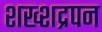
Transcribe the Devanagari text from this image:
शख्शद्रपन